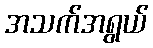
အသက်အရွယ်